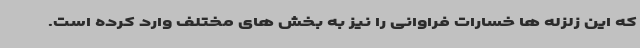
که این زلزله ها خسارات فراوانی را نیز به بخش های مختلف وارد کرده است.